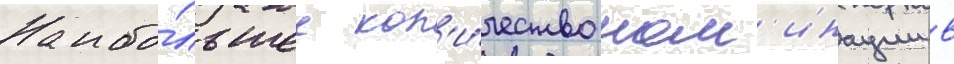
Наибо́льшее кол'и́чество ном'инации в